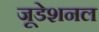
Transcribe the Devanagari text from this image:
जूडेशनल